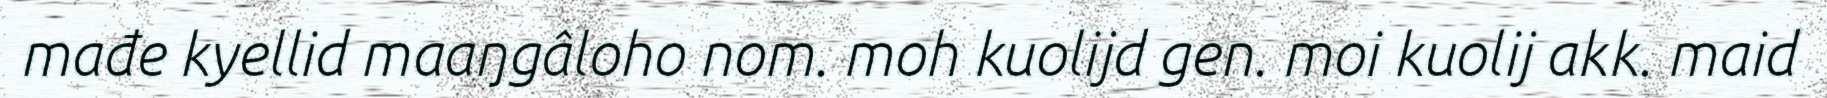
mađe kyellid maaŋgâloho nom. moh kuolijd gen. moi kuolij akk. maid